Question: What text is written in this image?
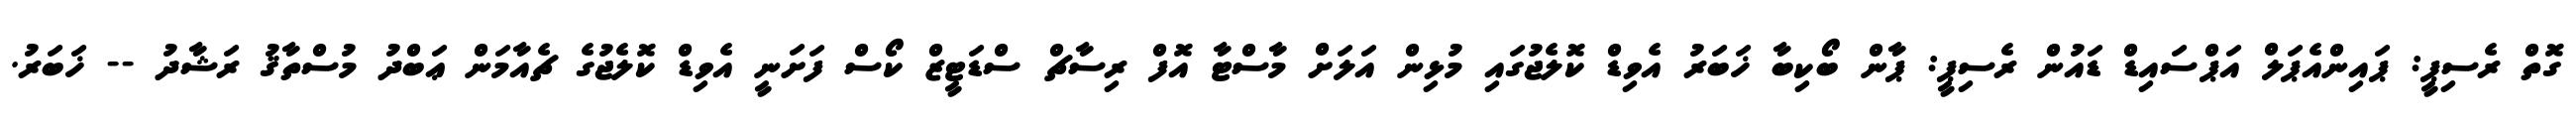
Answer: ގޮތް ރެސިޕީ: ޕައިންއެޕަލް އަޕްސައިޑް ޑައުން ރެސިޕީ: ޕާން ބޯކިބާ ޚަބަރު އެވިޑް ކޮލެޖުގައި މުޅިން އަލަށް މާސްޓާ އޮފް ރިސާޗް ސްޑަޓީޒް ކޯސް ފަށަނީ އެވިޑް ކޮލެޖުގެ ޗެއާމަން ޢަބްދު މުސްތާޤު ރަޝާދު -- ޚަބަރު.